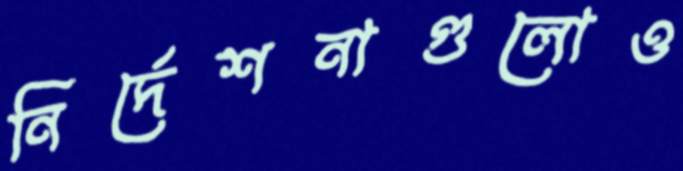
নির্দেশনাগুলোও